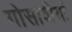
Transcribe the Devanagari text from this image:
गोसावीयां